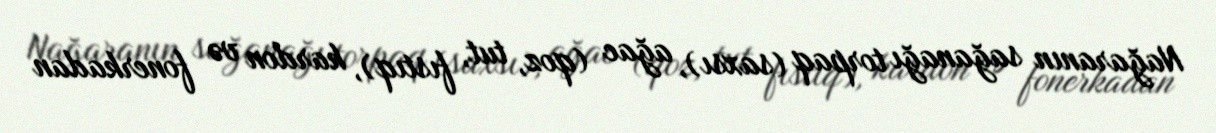
Nağaranın sağanağı torpaq (saxsı), ağac (qoz, tut, fıstıq), kardon və fonerkadan